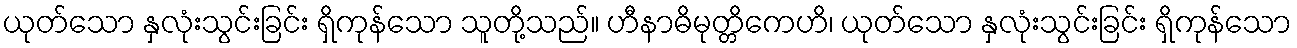
ယုတ်သော နှလုံးသွင်းခြင်း ရှိကုန်သော သူတို့သည်။ ဟီနာဓိမုတ္တိကေဟိ၊ ယုတ်သော နှလုံးသွင်းခြင်း ရှိကုန်သော